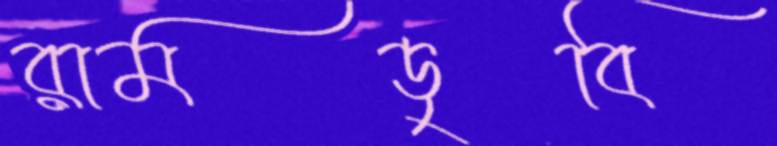
রামডুবি